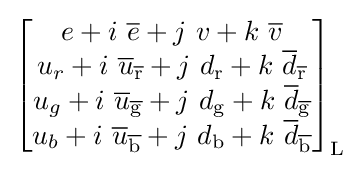
{\begin{bmatrix}e+i\ {\overline {e}}+j\ v+k\ {\overline {v}}\\u_{r}+i\ {\overline {u}}_{\mathrm {\overline {r}} }+j\ d_{\mathrm {r} }+k\ {\overline {d}}_{\mathrm {\overline {r}} }\\u_{g}+i\ {\overline {u}}_{\mathrm {\overline {g}} }+j\ d_{\mathrm {g} }+k\ {\overline {d}}_{\mathrm {\overline {g}} }\\u_{b}+i\ {\overline {u}}_{\mathrm {\overline {b}} }+j\ d_{\mathrm {b} }+k\ {\overline {d}}_{\mathrm {\overline {b}} }\\\end{bmatrix}}_{\mathrm {L} }